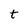
Character: t